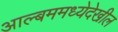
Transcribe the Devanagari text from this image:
आल्बममध्येदेखील